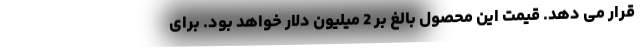
قرار می دهد. قیمت این محصول بالغ بر 2 میلیون دلار خواهد بود. برای